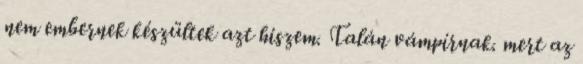
nem embernek készültek azt hiszem. Talán vámpírnak. mert az